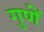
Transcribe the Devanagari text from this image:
गुणें